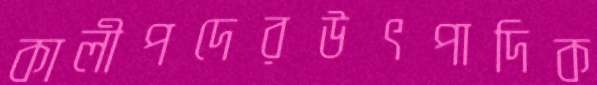
কালীপদেরউৎপাদিক